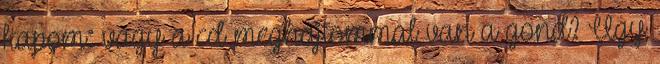
kapom: vagy a cd meghajtommal van a gond? Ugy